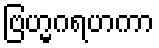
ဗြဟ္မဂရဟကာ